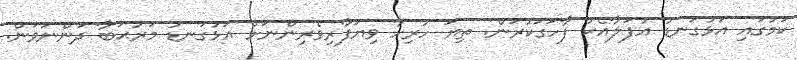
ކަމުގައި އަޅުގަނޑު އުފަލާއެކު ފާހަގަކުރަން. ތިޔަ ހުރިހާ ވިޔަފާރިވެރިންނަށް އަޅުގަނޑު މަރުޙަބާ ދަންނަވަން.